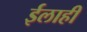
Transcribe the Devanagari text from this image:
ईलाही